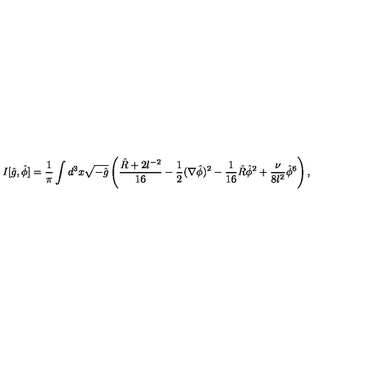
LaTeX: I [ \hat { g } , \hat { \phi } ] = \frac { 1 } { \pi } \int d ^ { 3 } x \sqrt { - \hat { g } } \left( \frac { \hat { R } + 2 l ^ { - 2 } } { 1 6 } - \frac { 1 } { 2 } ( \nabla \hat { \phi } ) ^ { 2 } - \frac { 1 } { 1 6 } \hat { R } \hat { \phi } ^ { 2 } + \frac { \nu } { 8 l ^ { 2 } } \hat { \phi } ^ { 6 } \right) ,